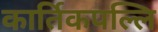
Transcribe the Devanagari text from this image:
कार्तिकपल्लि